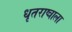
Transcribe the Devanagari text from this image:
धृतराष्त्राला